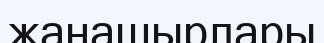
жанашырлары